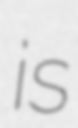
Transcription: is